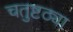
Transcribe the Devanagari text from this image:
चतुष्टठ्या